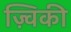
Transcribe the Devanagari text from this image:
ज़्विकी